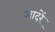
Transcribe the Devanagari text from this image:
आदरें